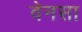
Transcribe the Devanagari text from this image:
वेनसा